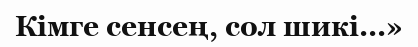
Кімге сенсең, сол шикі...»